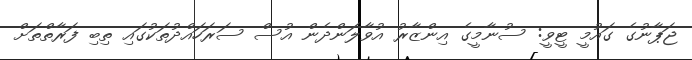
ޖަޕާނުގެ ގައުމީ ޓީވީ: ސުނާމީގެ އިންޒާރު އުވާލަންދެން އުސް ސަރަހައްދުތަކުގައި ތިބި ފަރާތްތަށް